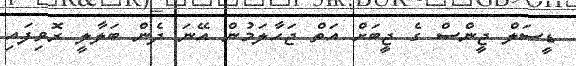
ޑީސަލް ޖީންސް ގެ ޖީބަށް އަތް ޖަހާލަމުން އޭނަ ދެން ބަލާލީ ރޮވިފައި